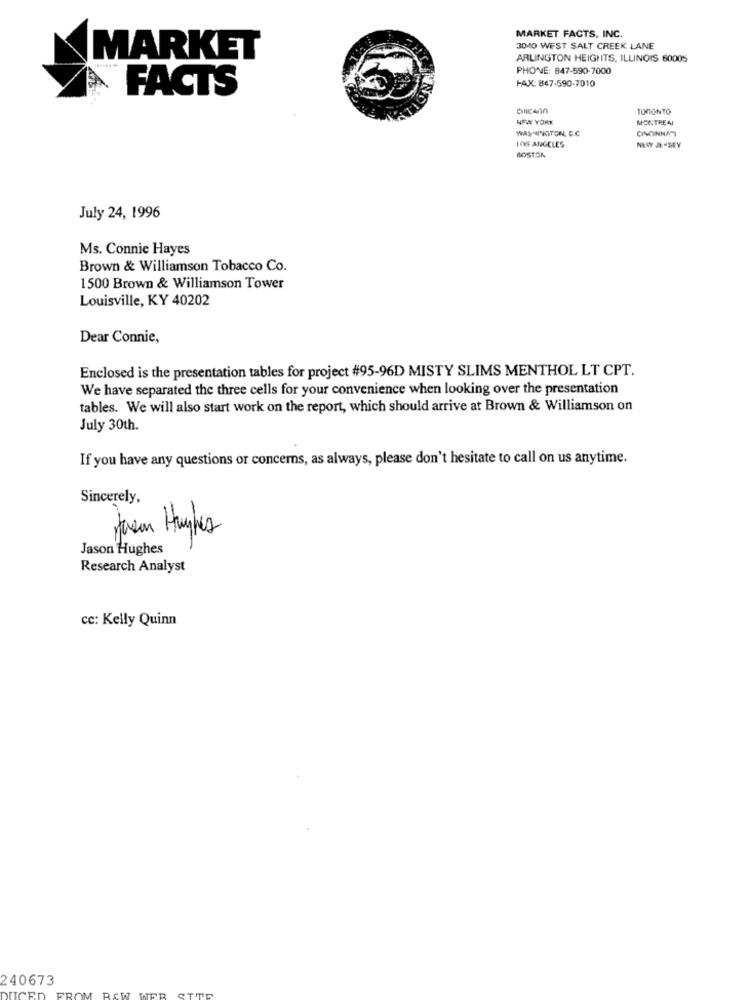
MARKET FACTS, INC.
3040 WEST SALT CREEK LANE
MARKET
ARLINGTON HEIGHTS, ILLINOIS 60005
PHONE: 847-590-7000
FAX: 867-590-7010
FACTS
TORONTO
NEW YORK
MONTREAI
WASHINGTON, D.C
CANONNA
LOS ANGELES
BOSTON
NEVY JE SEY
July 24, 1996
Ms. Connie Hayes
Brown & Williamson Tobacco Co.
1500 Brown & Williamson Tower
Louisville, KY 40202
Dear Connie,
Enclosed is the presentation tables for project #95-96D MISTY SLIMS MENTHOL LT CPT.
We have separated the three cells for your convenience when looking over the presentation
tables. We will also start work on the report, which should arrive at Brown & Williamson on
July 30th.
If you have any questions or concerns, as always, please don't hesitate to call on us anytime.
Sincerely,
Jason Hughes
Research Analyst
cc: Kelly Quinn
240673
DUCED
FROM RAW